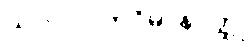
ယဝပါလကဝိမာနဝတ္ထု